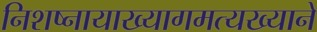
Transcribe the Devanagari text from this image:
निशष्नायाख्यागमत्यख्याने